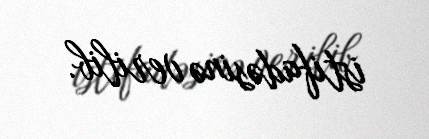
istifadəsinə verilib.